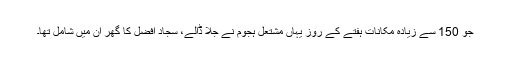
جو 150 سے زیادہ مکانات ہفتے کے روز یہاں مشتعل ہجوم نے جلا ڈالے، سجاد افضل کا گھر اُن میں شامل تھا۔